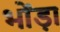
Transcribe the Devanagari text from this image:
भोंड़ा